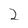
Character: 2